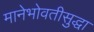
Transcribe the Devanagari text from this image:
मानेभोवतीसुद्धा